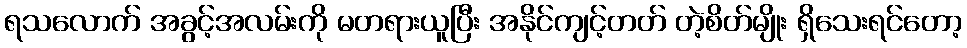
ရသလောက် အခွင့်အလမ်းကို မတရားယူပြီး အနိုင်ကျင့်တတ် တဲ့စိတ်မျိုး ရှိသေးရင်တော့